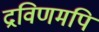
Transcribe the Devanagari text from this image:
द्रविणमपि